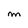
Character: m